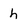
Character: h